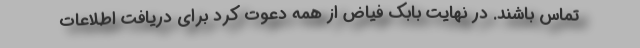
تماس باشند. در نهایت بابک فیاض از همه دعوت کرد برای دریافت اطلاعات